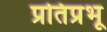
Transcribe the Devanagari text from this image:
प्रतिप्रभू